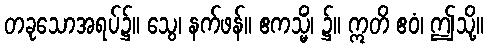
တခုသောအရပ်၌။ သွေ၊ နက်ဖန်။ ဧကသ္မိံ၊ ၌။ ဣတိ ဧဝံ၊ ဤသို့။